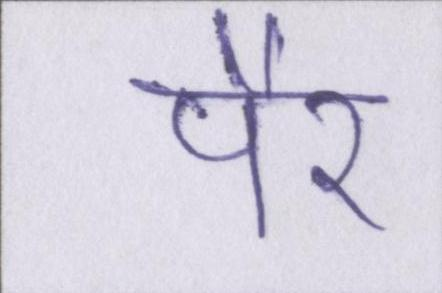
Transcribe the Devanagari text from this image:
पैर